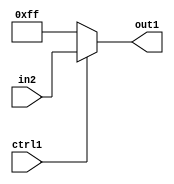
`timescale 1ps / 1ps
/*****************************************************************************
    Verilog RTL Description
    
    Generated at: 23:12:07 CST (+0800), Saturday 16 November 2019
    Generated on: ic58.cs.nthu.edu.tw
    Generated by: mc03 ()
    
    Created by: Stratus DpOpt 2017.1.02 
    Copyright (c) 2014-2015 Cadence Design Systems. All rights reserved worldwide.
    
    Cadence Design Systems proprietary and confidential
    ===================================================
    
    May contain information that incorporates Cadence Design Systems CellMath
    and other inventions claimed in Pending U.S. Patents.
    
    May contain Cadence Design Systems Trade Secrets of which use, disclosure or
    reproduction is contractually restricted or prohibited.  For more
    information, contact your legal department before any use, disclosure or
    reproduction.
*******************************************************************************/

module SobelFilter_N_Mux_8_2_3_1 (
	in2,
	ctrl1,
	out1
	); /* architecture "behavioural" */ 
input [7:0] in2;
input  ctrl1;
output [7:0] out1;
wire [7:0] asc001;

reg [7:0] asc001_tmp_0;
assign asc001 = asc001_tmp_0;
always @ (ctrl1 or in2) begin
	case (ctrl1)
		1'B1 : asc001_tmp_0 = in2 ;
		default : asc001_tmp_0 = 8'B11111111 ;
	endcase
end

assign out1 = asc001;
endmodule

/* CADENCE  uLXzQwk= : u9/ySgnYtBlWxVDRUQkU4ug= ** DO NOT EDIT THIS LINE ******/